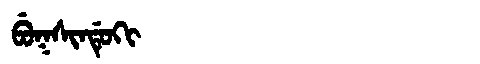
Manchu: ᠪᡠᡴᠰᡳᠨᡩᡠᡴᡳ
Romanization: BUKSINDUKI